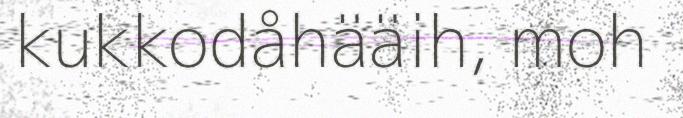
kukkodåhääih, moh